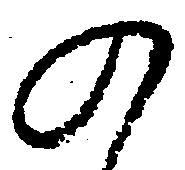
の